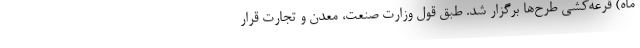
ماه) قرعه‌کشی طرح‌ها برگزار شد. طبق قول وزارت صنعت، معدن و تجارت قرار